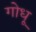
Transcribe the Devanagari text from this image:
गोधू